Lunatic asylums Punjab 1911-1921 - 1911-1921
Year: 1911
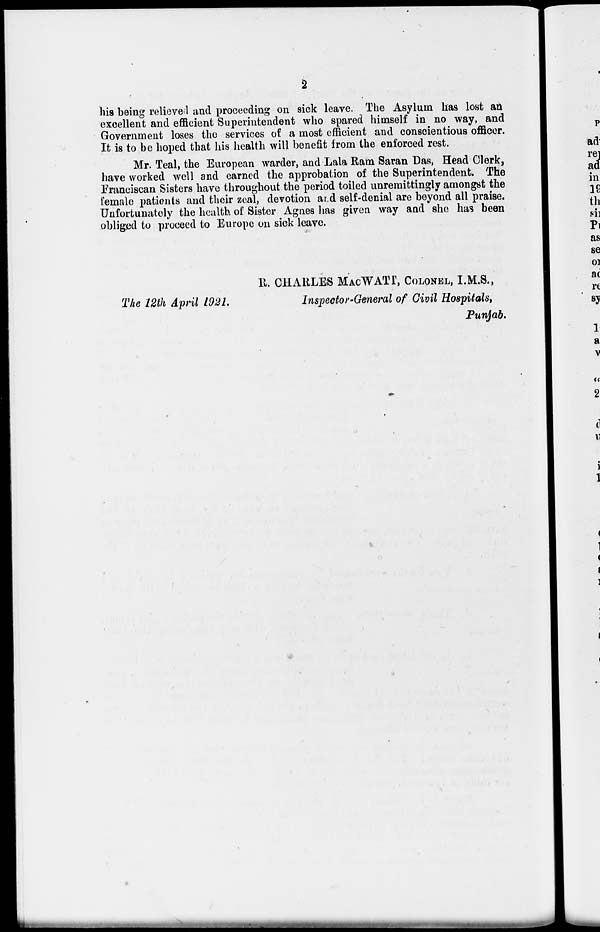
2
his being relieved and proceeding on sick leave. The Asylum has lost an
excellent and efficient Superintendent who spared himself in no way, and
Government loses the services of a most efficient and conscientious officer.
It is to be hoped that his health will benefit from the enforced rest.
Mr. Teal, the European warder, and Lala Ram Saran Das, Head Clerk,
have worked well and earned the approbation of the Superintendent. The
Franciscan Sisters have throughout the period toiled unremittingly amongst the
female patients and their zeal, devotion and self-denial are beyond all praise.
Unfortunately the health of Sister Agnes has given way and she has been
obliged to proceed to Europe on sick leave.
R. CHARLES MACWATT, COLONEL, I.M.S.,
The 12th April 1921.
Inspector-General of Civil Hospitals,
Punjab.